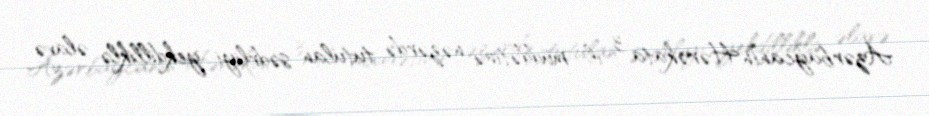
Azərbaycanın Hərəkata 3 il müddətinə nəzərdə tutulan sədrliyi yekdilliklə əlavə